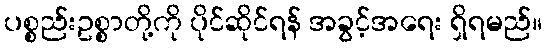
ပစ္စည်းဥစ္စာတို့ကို ပိုင်ဆိုင်ရန် အခွင့်အရေး ရှိရမည်။